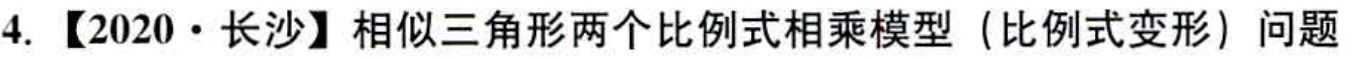
4.【2020·长沙】相似三角形两个比例式相乘模型（比例式变形）问题